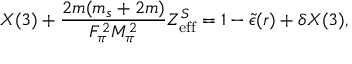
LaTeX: X ( 3 ) + \frac { 2 m ( m _ { s } + 2 m ) } { F _ { \pi } ^ { 2 } M _ { \pi } ^ { 2 } } Z _ { \mathrm { e f f } } ^ { S } = 1 - \tilde { \epsilon } ( r ) + \delta X ( 3 ) ,